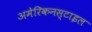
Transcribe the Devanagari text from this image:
अमेरिकनस्टाइल